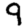
Digit: 9